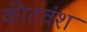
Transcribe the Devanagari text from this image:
कीटवंश